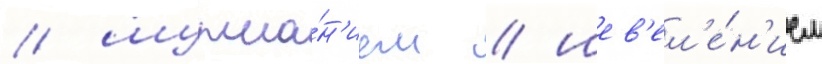
/ шурша́н'ием / шев'ел'е́н'ием